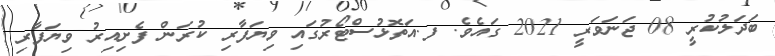
ބަދަލުކުރީ 08 ޖަނަވަރީ 2021 ގައެވެ. ފ.އަތޮޅުސްޓޯރުގައި ވިޔަފާރި ކުރަން ފެށިއިރު ވިޔަފާރި